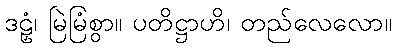
ဒဠှံ၊ မြဲမြံစွာ။ ပတိဋ္ဌာဟိ၊ တည်လေလော။